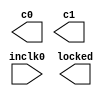
// megafunction wizard: %ALTPLL%VBB%
// GENERATION: STANDARD
// VERSION: WM1.0
// MODULE: altpll 

// ============================================================
// Megafunction Name(s):
// 			altpll
//
// Simulation Library Files(s):
// 			altera_mf
// ============================================================
// ************************************************************
// THIS IS A WIZARD-GENERATED FILE. DO NOT EDIT THIS FILE!
//
// 15.0.0 Build 145 04/22/2015 SJ Web Edition
// ************************************************************

//Copyright (C) 1991-2015 Altera Corporation. All rights reserved.
//Your use of Altera Corporation's design tools, logic functions 
//and other software and tools, and its AMPP partner logic 
//functions, and any output files from any of the foregoing 
//(including device programming or simulation files), and any 
//associated documentation or information are expressly subject 
//to the terms and conditions of the Altera Program License 
//Subscription Agreement, the Altera Quartus II License Agreement,
//the Altera MegaCore Function License Agreement, or other 
//applicable license agreement, including, without limitation, 
//that your use is for the sole purpose of programming logic 
//devices manufactured by Altera and sold by Altera or its 
//authorized distributors.  Please refer to the applicable 
//agreement for further details.

module PLL_IF (
	inclk0,
	c0,
	c1,
	locked);

	input	  inclk0;
	output	  c0;
	output	  c1;
	output	  locked;

endmodule

// ============================================================
// CNX file retrieval info
// ============================================================
// Retrieval info: PRIVATE: ACTIVECLK_CHECK STRING "0"
// Retrieval info: PRIVATE: BANDWIDTH STRING "1.000"
// Retrieval info: PRIVATE: BANDWIDTH_FEATURE_ENABLED STRING "1"
// Retrieval info: PRIVATE: BANDWIDTH_FREQ_UNIT STRING "MHz"
// Retrieval info: PRIVATE: BANDWIDTH_PRESET STRING "Low"
// Retrieval info: PRIVATE: BANDWIDTH_USE_AUTO STRING "1"
// Retrieval info: PRIVATE: BANDWIDTH_USE_PRESET STRING "0"
// Retrieval info: PRIVATE: CLKBAD_SWITCHOVER_CHECK STRING "0"
// Retrieval info: PRIVATE: CLKLOSS_CHECK STRING "0"
// Retrieval info: PRIVATE: CLKSWITCH_CHECK STRING "0"
// Retrieval info: PRIVATE: CNX_NO_COMPENSATE_RADIO STRING "0"
// Retrieval info: PRIVATE: CREATE_CLKBAD_CHECK STRING "0"
// Retrieval info: PRIVATE: CREATE_INCLK1_CHECK STRING "0"
// Retrieval info: PRIVATE: CUR_DEDICATED_CLK STRING "c0"
// Retrieval info: PRIVATE: CUR_FBIN_CLK STRING "c0"
// Retrieval info: PRIVATE: DEVICE_SPEED_GRADE STRING "8"
// Retrieval info: PRIVATE: DIV_FACTOR0 NUMERIC "1"
// Retrieval info: PRIVATE: DIV_FACTOR1 NUMERIC "1"
// Retrieval info: PRIVATE: DUTY_CYCLE0 STRING "50.00000000"
// Retrieval info: PRIVATE: DUTY_CYCLE1 STRING "50.00000000"
// Retrieval info: PRIVATE: EFF_OUTPUT_FREQ_VALUE0 STRING "96.000000"
// Retrieval info: PRIVATE: EFF_OUTPUT_FREQ_VALUE1 STRING "0.048000"
// Retrieval info: PRIVATE: EXPLICIT_SWITCHOVER_COUNTER STRING "0"
// Retrieval info: PRIVATE: EXT_FEEDBACK_RADIO STRING "0"
// Retrieval info: PRIVATE: GLOCKED_COUNTER_EDIT_CHANGED STRING "1"
// Retrieval info: PRIVATE: GLOCKED_FEATURE_ENABLED STRING "0"
// Retrieval info: PRIVATE: GLOCKED_MODE_CHECK STRING "0"
// Retrieval info: PRIVATE: GLOCK_COUNTER_EDIT NUMERIC "1048575"
// Retrieval info: PRIVATE: HAS_MANUAL_SWITCHOVER STRING "1"
// Retrieval info: PRIVATE: INCLK0_FREQ_EDIT STRING "96.000"
// Retrieval info: PRIVATE: INCLK0_FREQ_UNIT_COMBO STRING "MHz"
// Retrieval info: PRIVATE: INCLK1_FREQ_EDIT STRING "100.000"
// Retrieval info: PRIVATE: INCLK1_FREQ_EDIT_CHANGED STRING "1"
// Retrieval info: PRIVATE: INCLK1_FREQ_UNIT_CHANGED STRING "1"
// Retrieval info: PRIVATE: INCLK1_FREQ_UNIT_COMBO STRING "MHz"
// Retrieval info: PRIVATE: INTENDED_DEVICE_FAMILY STRING "Cyclone IV E"
// Retrieval info: PRIVATE: INT_FEEDBACK__MODE_RADIO STRING "1"
// Retrieval info: PRIVATE: LOCKED_OUTPUT_CHECK STRING "1"
// Retrieval info: PRIVATE: LONG_SCAN_RADIO STRING "1"
// Retrieval info: PRIVATE: LVDS_MODE_DATA_RATE STRING "Not Available"
// Retrieval info: PRIVATE: LVDS_MODE_DATA_RATE_DIRTY NUMERIC "0"
// Retrieval info: PRIVATE: LVDS_PHASE_SHIFT_UNIT0 STRING "deg"
// Retrieval info: PRIVATE: LVDS_PHASE_SHIFT_UNIT1 STRING "deg"
// Retrieval info: PRIVATE: MIG_DEVICE_SPEED_GRADE STRING "Any"
// Retrieval info: PRIVATE: MIRROR_CLK0 STRING "0"
// Retrieval info: PRIVATE: MIRROR_CLK1 STRING "0"
// Retrieval info: PRIVATE: MULT_FACTOR0 NUMERIC "1"
// Retrieval info: PRIVATE: MULT_FACTOR1 NUMERIC "1"
// Retrieval info: PRIVATE: NORMAL_MODE_RADIO STRING "1"
// Retrieval info: PRIVATE: OUTPUT_FREQ0 STRING "96.00000000"
// Retrieval info: PRIVATE: OUTPUT_FREQ1 STRING "0.04800000"
// Retrieval info: PRIVATE: OUTPUT_FREQ_MODE0 STRING "1"
// Retrieval info: PRIVATE: OUTPUT_FREQ_MODE1 STRING "1"
// Retrieval info: PRIVATE: OUTPUT_FREQ_UNIT0 STRING "MHz"
// Retrieval info: PRIVATE: OUTPUT_FREQ_UNIT1 STRING "MHz"
// Retrieval info: PRIVATE: PHASE_RECONFIG_FEATURE_ENABLED STRING "1"
// Retrieval info: PRIVATE: PHASE_RECONFIG_INPUTS_CHECK STRING "0"
// Retrieval info: PRIVATE: PHASE_SHIFT0 STRING "0.00000000"
// Retrieval info: PRIVATE: PHASE_SHIFT1 STRING "0.00000000"
// Retrieval info: PRIVATE: PHASE_SHIFT_STEP_ENABLED_CHECK STRING "0"
// Retrieval info: PRIVATE: PHASE_SHIFT_UNIT0 STRING "deg"
// Retrieval info: PRIVATE: PHASE_SHIFT_UNIT1 STRING "deg"
// Retrieval info: PRIVATE: PLL_ADVANCED_PARAM_CHECK STRING "0"
// Retrieval info: PRIVATE: PLL_ARESET_CHECK STRING "0"
// Retrieval info: PRIVATE: PLL_AUTOPLL_CHECK NUMERIC "1"
// Retrieval info: PRIVATE: PLL_ENHPLL_CHECK NUMERIC "0"
// Retrieval info: PRIVATE: PLL_FASTPLL_CHECK NUMERIC "0"
// Retrieval info: PRIVATE: PLL_FBMIMIC_CHECK STRING "0"
// Retrieval info: PRIVATE: PLL_LVDS_PLL_CHECK NUMERIC "0"
// Retrieval info: PRIVATE: PLL_PFDENA_CHECK STRING "0"
// Retrieval info: PRIVATE: PLL_TARGET_HARCOPY_CHECK NUMERIC "0"
// Retrieval info: PRIVATE: PRIMARY_CLK_COMBO STRING "inclk0"
// Retrieval info: PRIVATE: RECONFIG_FILE STRING "PLL_IF.mif"
// Retrieval info: PRIVATE: SACN_INPUTS_CHECK STRING "0"
// Retrieval info: PRIVATE: SCAN_FEATURE_ENABLED STRING "1"
// Retrieval info: PRIVATE: SELF_RESET_LOCK_LOSS STRING "1"
// Retrieval info: PRIVATE: SHORT_SCAN_RADIO STRING "0"
// Retrieval info: PRIVATE: SPREAD_FEATURE_ENABLED STRING "0"
// Retrieval info: PRIVATE: SPREAD_FREQ STRING "50.000"
// Retrieval info: PRIVATE: SPREAD_FREQ_UNIT STRING "KHz"
// Retrieval info: PRIVATE: SPREAD_PERCENT STRING "0.500"
// Retrieval info: PRIVATE: SPREAD_USE STRING "0"
// Retrieval info: PRIVATE: SRC_SYNCH_COMP_RADIO STRING "0"
// Retrieval info: PRIVATE: STICKY_CLK0 STRING "1"
// Retrieval info: PRIVATE: STICKY_CLK1 STRING "1"
// Retrieval info: PRIVATE: SWITCHOVER_COUNT_EDIT NUMERIC "1"
// Retrieval info: PRIVATE: SWITCHOVER_FEATURE_ENABLED STRING "1"
// Retrieval info: PRIVATE: SYNTH_WRAPPER_GEN_POSTFIX STRING "0"
// Retrieval info: PRIVATE: USE_CLK0 STRING "1"
// Retrieval info: PRIVATE: USE_CLK1 STRING "1"
// Retrieval info: PRIVATE: USE_CLKENA0 STRING "0"
// Retrieval info: PRIVATE: USE_CLKENA1 STRING "0"
// Retrieval info: PRIVATE: USE_MIL_SPEED_GRADE NUMERIC "0"
// Retrieval info: PRIVATE: ZERO_DELAY_RADIO STRING "0"
// Retrieval info: LIBRARY: altera_mf altera_mf.altera_mf_components.all
// Retrieval info: CONSTANT: BANDWIDTH_TYPE STRING "AUTO"
// Retrieval info: CONSTANT: CLK0_DIVIDE_BY NUMERIC "1"
// Retrieval info: CONSTANT: CLK0_DUTY_CYCLE NUMERIC "50"
// Retrieval info: CONSTANT: CLK0_MULTIPLY_BY NUMERIC "1"
// Retrieval info: CONSTANT: CLK0_PHASE_SHIFT STRING "0"
// Retrieval info: CONSTANT: CLK1_DIVIDE_BY NUMERIC "2000"
// Retrieval info: CONSTANT: CLK1_DUTY_CYCLE NUMERIC "50"
// Retrieval info: CONSTANT: CLK1_MULTIPLY_BY NUMERIC "1"
// Retrieval info: CONSTANT: CLK1_PHASE_SHIFT STRING "0"
// Retrieval info: CONSTANT: COMPENSATE_CLOCK STRING "CLK0"
// Retrieval info: CONSTANT: INCLK0_INPUT_FREQUENCY NUMERIC "10416"
// Retrieval info: CONSTANT: INTENDED_DEVICE_FAMILY STRING "Cyclone IV E"
// Retrieval info: CONSTANT: LPM_TYPE STRING "altpll"
// Retrieval info: CONSTANT: OPERATION_MODE STRING "NORMAL"
// Retrieval info: CONSTANT: PLL_TYPE STRING "AUTO"
// Retrieval info: CONSTANT: PORT_ACTIVECLOCK STRING "PORT_UNUSED"
// Retrieval info: CONSTANT: PORT_ARESET STRING "PORT_UNUSED"
// Retrieval info: CONSTANT: PORT_CLKBAD0 STRING "PORT_UNUSED"
// Retrieval info: CONSTANT: PORT_CLKBAD1 STRING "PORT_UNUSED"
// Retrieval info: CONSTANT: PORT_CLKLOSS STRING "PORT_UNUSED"
// Retrieval info: CONSTANT: PORT_CLKSWITCH STRING "PORT_UNUSED"
// Retrieval info: CONSTANT: PORT_CONFIGUPDATE STRING "PORT_UNUSED"
// Retrieval info: CONSTANT: PORT_FBIN STRING "PORT_UNUSED"
// Retrieval info: CONSTANT: PORT_INCLK0 STRING "PORT_USED"
// Retrieval info: CONSTANT: PORT_INCLK1 STRING "PORT_UNUSED"
// Retrieval info: CONSTANT: PORT_LOCKED STRING "PORT_USED"
// Retrieval info: CONSTANT: PORT_PFDENA STRING "PORT_UNUSED"
// Retrieval info: CONSTANT: PORT_PHASECOUNTERSELECT STRING "PORT_UNUSED"
// Retrieval info: CONSTANT: PORT_PHASEDONE STRING "PORT_UNUSED"
// Retrieval info: CONSTANT: PORT_PHASESTEP STRING "PORT_UNUSED"
// Retrieval info: CONSTANT: PORT_PHASEUPDOWN STRING "PORT_UNUSED"
// Retrieval info: CONSTANT: PORT_PLLENA STRING "PORT_UNUSED"
// Retrieval info: CONSTANT: PORT_SCANACLR STRING "PORT_UNUSED"
// Retrieval info: CONSTANT: PORT_SCANCLK STRING "PORT_UNUSED"
// Retrieval info: CONSTANT: PORT_SCANCLKENA STRING "PORT_UNUSED"
// Retrieval info: CONSTANT: PORT_SCANDATA STRING "PORT_UNUSED"
// Retrieval info: CONSTANT: PORT_SCANDATAOUT STRING "PORT_UNUSED"
// Retrieval info: CONSTANT: PORT_SCANDONE STRING "PORT_UNUSED"
// Retrieval info: CONSTANT: PORT_SCANREAD STRING "PORT_UNUSED"
// Retrieval info: CONSTANT: PORT_SCANWRITE STRING "PORT_UNUSED"
// Retrieval info: CONSTANT: PORT_clk0 STRING "PORT_USED"
// Retrieval info: CONSTANT: PORT_clk1 STRING "PORT_USED"
// Retrieval info: CONSTANT: PORT_clk2 STRING "PORT_UNUSED"
// Retrieval info: CONSTANT: PORT_clk3 STRING "PORT_UNUSED"
// Retrieval info: CONSTANT: PORT_clk4 STRING "PORT_UNUSED"
// Retrieval info: CONSTANT: PORT_clk5 STRING "PORT_UNUSED"
// Retrieval info: CONSTANT: PORT_clkena0 STRING "PORT_UNUSED"
// Retrieval info: CONSTANT: PORT_clkena1 STRING "PORT_UNUSED"
// Retrieval info: CONSTANT: PORT_clkena2 STRING "PORT_UNUSED"
// Retrieval info: CONSTANT: PORT_clkena3 STRING "PORT_UNUSED"
// Retrieval info: CONSTANT: PORT_clkena4 STRING "PORT_UNUSED"
// Retrieval info: CONSTANT: PORT_clkena5 STRING "PORT_UNUSED"
// Retrieval info: CONSTANT: PORT_extclk0 STRING "PORT_UNUSED"
// Retrieval info: CONSTANT: PORT_extclk1 STRING "PORT_UNUSED"
// Retrieval info: CONSTANT: PORT_extclk2 STRING "PORT_UNUSED"
// Retrieval info: CONSTANT: PORT_extclk3 STRING "PORT_UNUSED"
// Retrieval info: CONSTANT: SELF_RESET_ON_LOSS_LOCK STRING "ON"
// Retrieval info: CONSTANT: WIDTH_CLOCK NUMERIC "5"
// Retrieval info: USED_PORT: @clk 0 0 5 0 OUTPUT_CLK_EXT VCC "@clk[4..0]"
// Retrieval info: USED_PORT: c0 0 0 0 0 OUTPUT_CLK_EXT VCC "c0"
// Retrieval info: USED_PORT: c1 0 0 0 0 OUTPUT_CLK_EXT VCC "c1"
// Retrieval info: USED_PORT: inclk0 0 0 0 0 INPUT_CLK_EXT GND "inclk0"
// Retrieval info: USED_PORT: locked 0 0 0 0 OUTPUT GND "locked"
// Retrieval info: CONNECT: @inclk 0 0 1 1 GND 0 0 0 0
// Retrieval info: CONNECT: @inclk 0 0 1 0 inclk0 0 0 0 0
// Retrieval info: CONNECT: c0 0 0 0 0 @clk 0 0 1 0
// Retrieval info: CONNECT: c1 0 0 0 0 @clk 0 0 1 1
// Retrieval info: CONNECT: locked 0 0 0 0 @locked 0 0 0 0
// Retrieval info: GEN_FILE: TYPE_NORMAL PLL_IF.v TRUE
// Retrieval info: GEN_FILE: TYPE_NORMAL PLL_IF.ppf TRUE
// Retrieval info: GEN_FILE: TYPE_NORMAL PLL_IF.inc FALSE
// Retrieval info: GEN_FILE: TYPE_NORMAL PLL_IF.cmp FALSE
// Retrieval info: GEN_FILE: TYPE_NORMAL PLL_IF.bsf FALSE
// Retrieval info: GEN_FILE: TYPE_NORMAL PLL_IF_inst.v FALSE
// Retrieval info: GEN_FILE: TYPE_NORMAL PLL_IF_bb.v TRUE
// Retrieval info: LIB_FILE: altera_mf
// Retrieval info: CBX_MODULE_PREFIX: ON